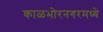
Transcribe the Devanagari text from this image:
काळभोरनगरमध्ये